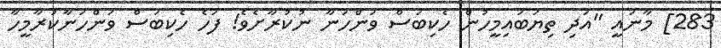
283] މާނައީ "އަދި ތިޔަބައިމީހުން ހެކިބަސް ވަންހަނާ ނުކުރާށެވެ! ފަހެ ހެކިބަސް ވަންހަނާކުރާމީހާ